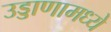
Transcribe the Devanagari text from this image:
उड्डाणामध्ये